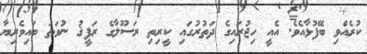
ކުރެއްވި ބޭފުޅާއެވެ. އެއީ ހިޖުރައިގެ ދަތުރުގައި ކީރިތި ރަސޫލާގެ ރަފީޤު ނުވަތަ ބައިވެރިޔާ